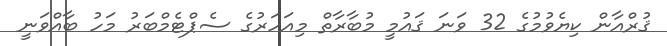
ޤުރްއާން ކިޔެވުމުގެ 32 ވަނަ ޤައުމީ މުބާރާތް މިއަހަރުގެ ސެޕްޓެމްބަރު މަހު ބާއްވަނީ